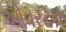
ઓવરટન